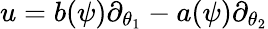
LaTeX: u=b(\psi)\partial_{\theta_{1}}-a(\psi)\partial_{\theta_{2}}